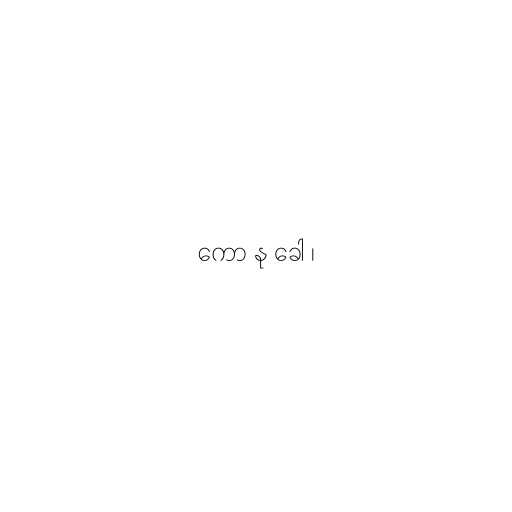
ကော နု ခေါ ၊